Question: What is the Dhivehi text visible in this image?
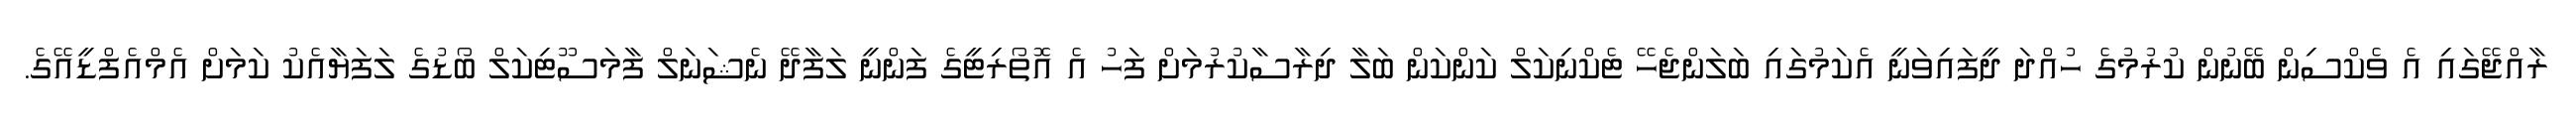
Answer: ރާއްޖޭގައި އެ ވެކްސިން ބޭނުން ކުރުމުގެ ހުއްދަ ދީފައިވަނީ އެކަމުގައި ބަލަންޖެހޭ ޓެކްނިކަލް ކަންކަން ބަލާ ދިރާސާކުރުމަށް ފަހު އެ އޮތޯރިޓީގެ ފަންނީ ލަފާދޭ ނެޝަނަލް ފާމަސޫޓިކަލް ބޯޑުގެ ލަފަޔާއެކު ކަމަށް އެމްއެފްޑީއޭގެ.